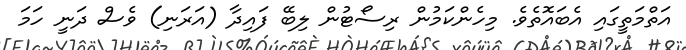
އަތްމަތީގައި އެބައޮތެވެ. މިހެންކަމުން ރިސޯޓުން ލިބޭ ފައިދާ (އަރަނި) ވެސް ދަނީ ހަމަ